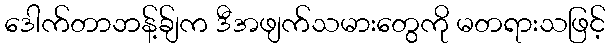
ဒေါက်တာဘန့်ခ်ျက ဒီအဖျက်သမားတွေကို မတရားသဖြင့်